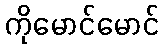
ကိုမောင်မောင်